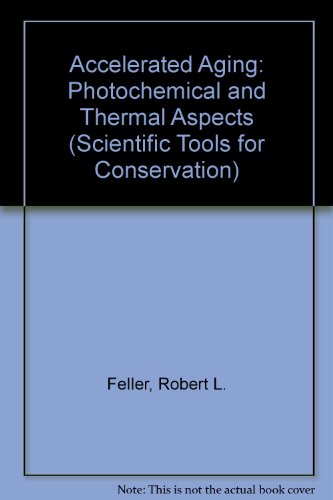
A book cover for Accelerated Aging: Photochemical and Thermal Aspects (Research in Conservation Technical Report Series); Robert L. Feller; Science & Math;